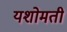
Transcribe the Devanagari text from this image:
यशोमती